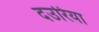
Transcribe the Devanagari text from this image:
दउरिया